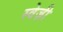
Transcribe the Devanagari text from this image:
स्वेज़ी